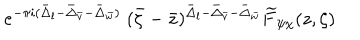
LaTeX: e ^ { - \pi i ( \bar { \Delta } _ { l } - \bar { \Delta } _ { \bar { v } } - \bar { \Delta } _ { \bar { w } } ) } \; ( \bar { \zeta } - \bar { z } ) ^ { \bar { \Delta } _ { l } - \bar { \Delta } _ { \bar { v } } - \bar { \Delta } _ { \bar { w } } } \widetilde { F } _ { \psi \chi } ( z , \zeta )